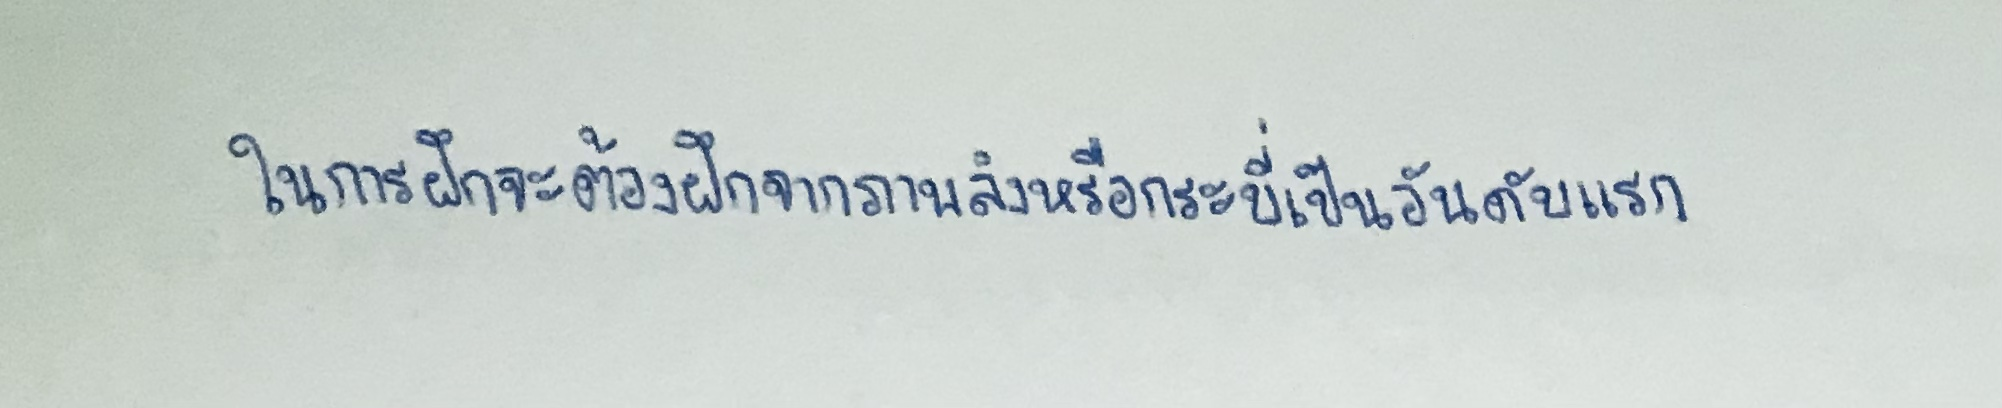
ในการฝึกจะต้องฝึกจากภาพลิงหรือกระบี่เป็นอันดับแรก